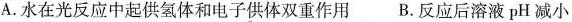
A.水在光反应中起供氢体和电子供体双重作用 B.反应后溶液pH减小